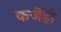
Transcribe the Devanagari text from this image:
कर्जेही